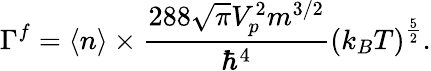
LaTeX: \Gamma^{f}=\left\langle n\right\rangle\times\frac{288\sqrt{\pi}V_{p}^{2}m^{3/2}}{{\hbar}^{4}}{\left(k_{B}T\right)}^{\frac{5}{2}}.